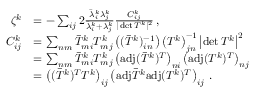
\begin{array} { r l } { \zeta ^ { k } } & { = - \sum _ { i j } 2 \frac { \bar { \lambda } _ { i } ^ { k } \lambda _ { j } ^ { k } } { \bar { \lambda } _ { i } ^ { k } + \lambda _ { j } ^ { k } } \frac { C _ { i j } ^ { k } } { \vert \operatorname* { d e t } T ^ { k } \vert ^ { 2 } } \, , } \\ { C _ { i j } ^ { k } } & { = \sum _ { n m } \bar { T } _ { m i } ^ { k } T _ { m j } ^ { k } \left( ( \bar { T } ^ { k } ) _ { i n } ^ { - 1 } \right) \left( T ^ { k } \right) _ { j n } ^ { - 1 } \left\vert \operatorname* { d e t } T ^ { k } \right\vert ^ { 2 } } \\ & { = \sum _ { n m } \bar { T } _ { m i } ^ { k } T _ { m j } ^ { k } \left( \mathrm { a d j } ( \bar { T } ^ { k } ) ^ { T } \right) _ { n i } \left( \mathrm { a d j } ( T ^ { k } ) ^ { T } \right) _ { n j } } \\ & { = \left( ( \bar { T } ^ { k } ) ^ { T } T ^ { k } \right) _ { i j } \left( \mathrm { a d j } \bar { T } ^ { k } \mathrm { a d j } ( T ^ { k } ) ^ { T } \right) _ { i j } \, . } \end{array}